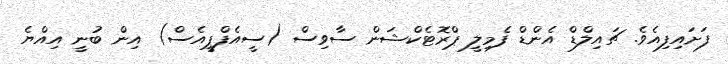
ފަށައިފިއެވެ. ޗައިލްޑް އެންޑް ފެމިލީ ޕްރޮޓެކްޝަން ސާވިސް (ސީއެފްޕީއެސް) އިން ބުނީ އިއްޔެ